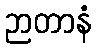
ဉာတာနံ